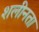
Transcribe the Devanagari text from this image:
शलीनता